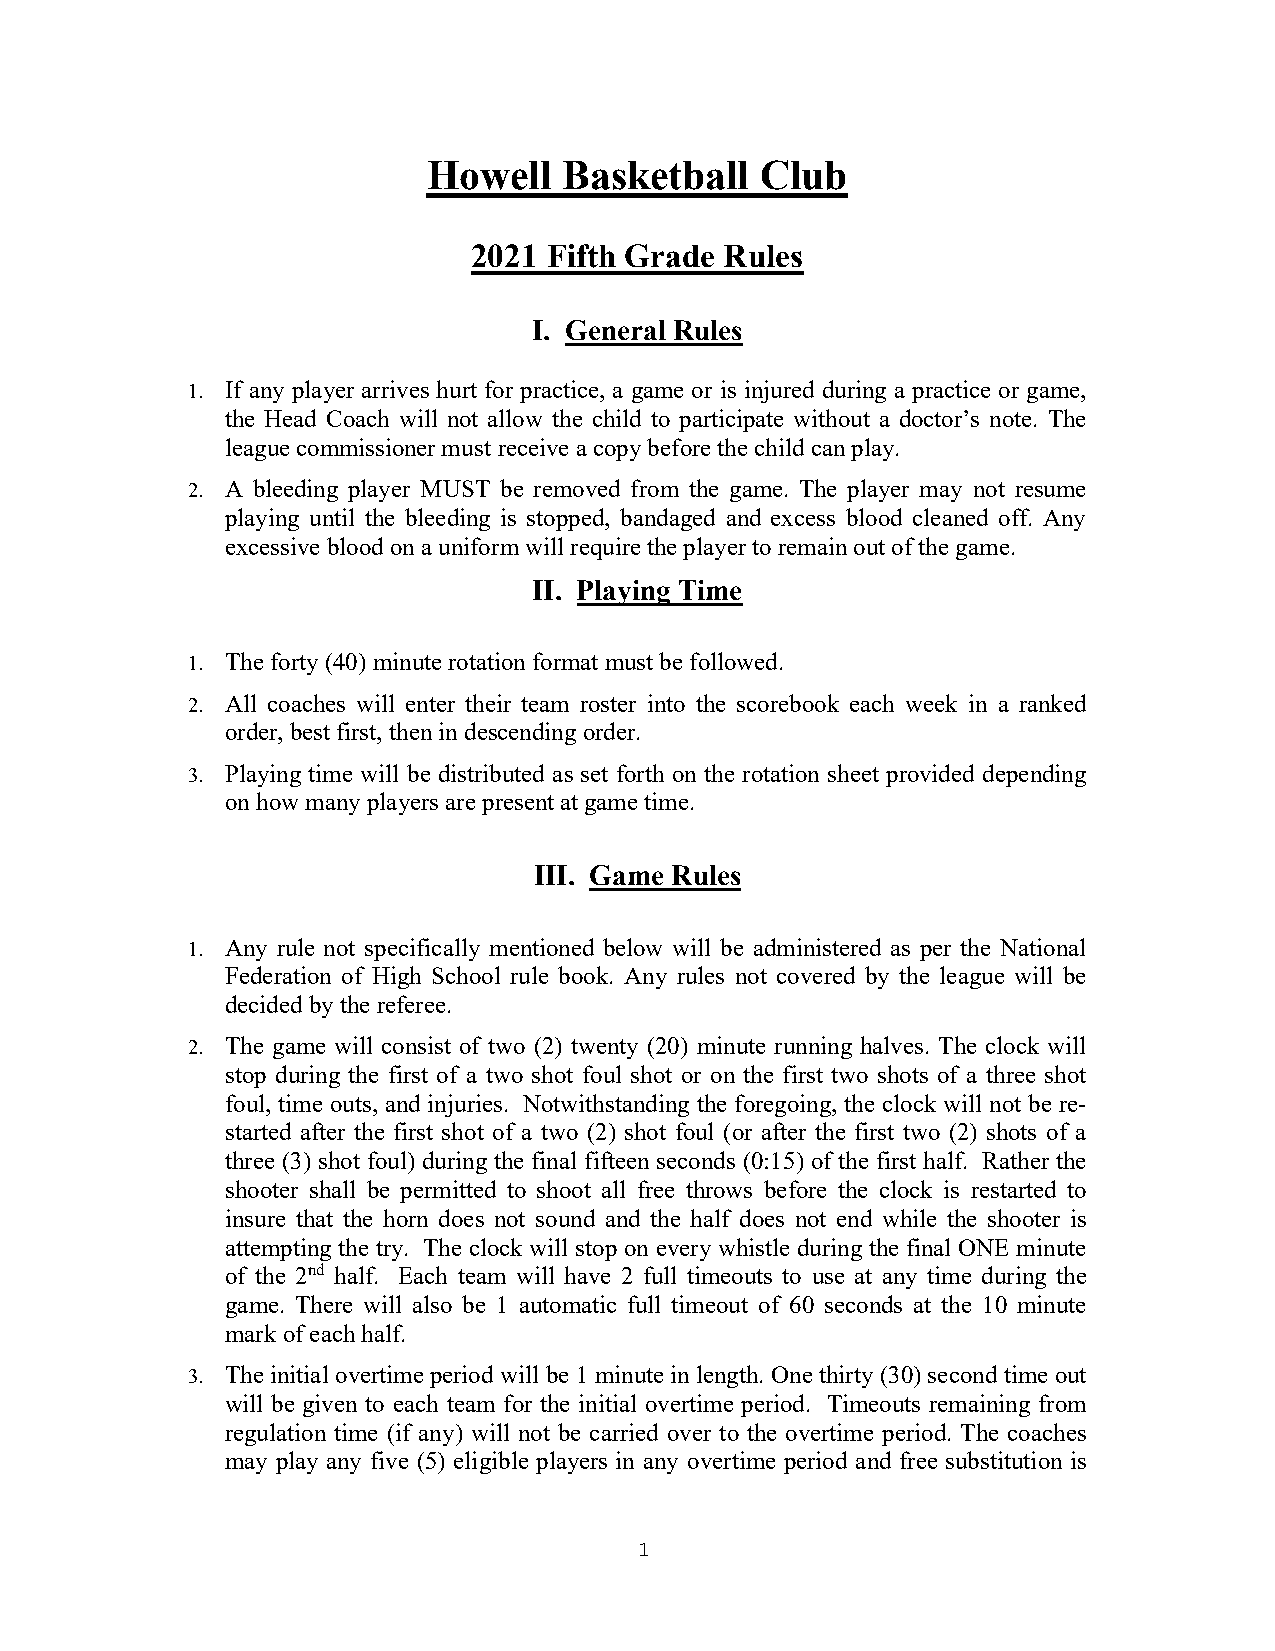
Howell   Basketball   Club
 2021 Fifth Grade Rules
 I. General Rules
 1. If any player arrives hurt for practice, a game or is injured during a practice or game,
 the Head Coach will not allow the child to participate without a doctor’s note. The
 league commissioner must receive a copy before the child can play.
 2. A bleeding player MUST be removed from the game. The player may not resume
 playing until the bleeding is stopped, bandaged and excess blood cleaned off. Any
 excessive blood on a uniform will require the player to remain out of the game.
 II. Playing Time
 1. The forty (40) minute rotation format must be followed.
 2. All coaches will enter their team roster into the scorebook each week in a ranked
 order, best first, then in descending order.
 3. Playing time will be distributed as set forth on the rotation sheet provided depending
 on how many players are present at game time.
 III. Game Rules
 1. Any rule not specifically mentioned below will be administered as per the National
 Federation of High School rule book. Any rules not covered by the league will be
 decided by the referee.
 2. The game will consist of two (2) twenty (20) minute running halves. The clock will
 stop during the first of a two shot foul shot or on the first two shots of a three shot
 foul, time outs, and injuries. Notwithstanding the foregoing, the clock will not be re-
 started after the first shot of a two (2) shot foul (or after the first two (2) shots of a
 three (3) shot foul) during the final fifteen seconds (0:15) of the first half. Rather the
 shooter shall be permitted to shoot all free throws before the clock is restarted to
 insure that the horn does not sound and the half does not end while the shooter is
 attempting the try. The clock will stop on every whistle during the final ONE minute
 of the 2nd half. Each team will have 2 full timeouts to use at any time during the
 game. There will also be 1 automatic full timeout of 60 seconds at the 10 minute
 mark of each half.
 3. The initial overtime period will be 1 minute in length. One thirty (30) second time out
 will be given to each team for the initial overtime period. Timeouts remaining from
 regulation time (if any) will not be carried over to the overtime period. The coaches
 may play any five (5) eligible players in any overtime period and free substitution is
 1